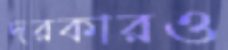
দরকারও